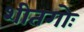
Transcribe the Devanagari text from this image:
शीतगोः